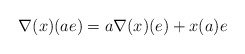
\begin{align*}&\nabla(x)(ae)=a\nabla(x)(e)+x(a)e\end{align*}